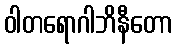
ဝါတရောဂါဘိနီတော